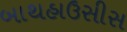
બાથહાઉસીસ